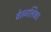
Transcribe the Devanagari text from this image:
वेतनलिका